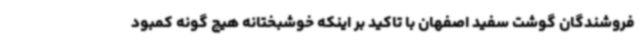
فروشندگان گوشت سفید اصفهان با تاکید بر اینکه خوشبختانه هیچ گونه کمبود